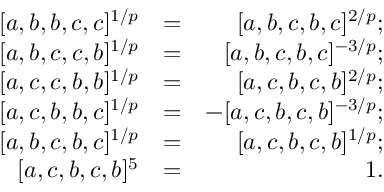
\begin{array} { r l r } { [ a , b , b , c , c ] ^ { 1 / p } } & { = } & { [ a , b , c , b , c ] ^ { 2 / p } ; } \\ { \mathrm [ a , b , c , c , b ] ^ { 1 / p } } & { = } & { [ a , b , c , b , c ] ^ { - 3 / p } ; } \\ { \mathrm [ a , c , c , b , b ] ^ { 1 / p } } & { = } & { [ a , c , b , c , b ] ^ { 2 / p } ; } \\ { \mathrm [ a , c , b , b , c ] ^ { 1 / p } } & { = } & { - [ a , c , b , c , b ] ^ { - 3 / p } ; } \\ { \mathrm [ a , b , c , b , c ] ^ { 1 / p } } & { = } & { [ a , c , b , c , b ] ^ { 1 / p } ; } \\ { \mathrm [ a , c , b , c , b ] ^ { 5 } } & { = } & { 1 . } \end{array}